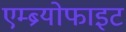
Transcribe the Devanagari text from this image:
एम्ब्र्योफाइट